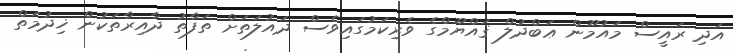
އަދި ރައީސް މައުމޫން ޢަބްދުލް ޤައްޔޫމްގެ ވެރިކަމުގައިވެސް ދައުލަތަށް ތަފާތު ދާއިރާތަކުން ޚިދުމަތް